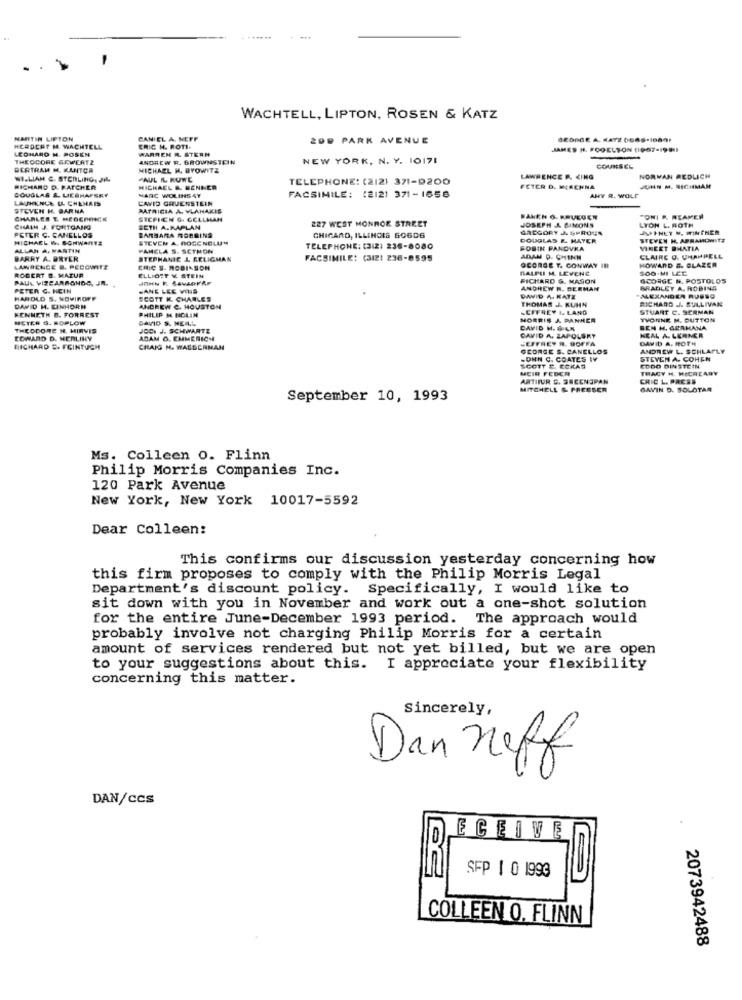
WACHTELL, LIPTON, ROSEN & KATZ
MARTIN LIPTON
CANIEL A. NEFF
200 PARK AVENUE
BEDAGE A. KATZ 0685-1680.
HERDERE M. WACHTELL
LEOHARD M. POSEN
ERIC N. ROTI.
WARREN R. STERN
JAMES H. FOOELSON (1967-1991
THEODORE GEWERTZ
ANDREW EL. BROWNSTEIN
NEW YORK, N. Y. 10171
BERTRAM M. KANTOR
MICHAEL H. BYOWITZ
COUNSEL
WILLIAM &. STERLING, JIM
PAUL KL. RUWE
TELEPHONE: (212) 371-9200
LAWRENCE P. KING
NORMAN REDLICH
DOUGLAS &. LIESHAFSKY
RICHARD D. PATCHER
MICHAEL &. BENNER
FETER D. MERENNA
JUHN M. RICHMAN
LAUHENCE IL CHENKIS
CAVID GRUENSTEIN
MARC WOLINSY
FACSIMILE: (2121 371-1658
ANY R. WOLF
STEVEN H. BARNA
PATRICIA A. VLANAKIS
CHARLES E. MEGERORGE
STEPIEN G. GELLMAN
227 WEST MONROE STREET
BANEN O. KRUEGET
JOSEPH J. SINONS
LYON L. ROTH
TONI P. REAMER
CHAIN J. FORTGANG
BETH A.RAPLAN
BARBARA ROBBINS
GREGORY & SPROUS
JSINET M. WININER
PETER C. CANELLOS
MICHAEL W. SONWANTS
STEVEN A. FIOGENELUM
CHICARD, ILLINOIS 60606
DOUGLAS & MAYER
STEVEN H. ABRAMOWITZ
ALLAN A. MARTIN
PAMELA S. SETMON
TELEPHONE: (3:21 236-8080
FORIN PANDVKA
VINEET BHATIA
BARRY A. BRTER
STEPHANIE L. RELIGMAN
FACSIMILE: (3121 236-8595
ADAM D. CHINN
CLAIRE O. CHAPPELL
ROBERT B. MATUR
LAWRENCE B. PEROWITE
ERIC S. ROBINSON
OCORSE T. CONWAY IN
GALPII M. LEVENE
HOWARD &. GLAZER
SOO.MI LCE
PAUL VIZCARMONDO, JR.
ELLIOTT Y STEIN
RICHARD &. MASON
GEORGE N. POSTOLOS
PETER G. HEIN
JANE LEE VINS
ANDHEW N. BERMAN
BRADLEY A. ROBINS
HAROLD S. NOVIROFF
SCOTT K. CHARLES
DAVID A- KATE
THOMAS J. KUHN
ALEXANDER RUSSO
RICHARD J. SULLIVAN
DAVID H. EINHORN
KENNETH B. FORREST
PHILIP N NOLIN
ANDREW C. HOUSTON
SCIFREY &. LANG
STUART C. SERMAN
METER G. ROPLOW
DAVID S. NELL ...
MORRIS & PANNER
YVONNE M. BUTTON
THEODORE N. HIRVIS
JOCI J. SCHWARTZ
DAVID M. BILE
BEN H. GERMANA
EDWARD D. WERLINY
ADAM O. EMMERICH
CAVID A, LAPOLSKY
JEFFREY R. BOFFA
KEAL A. LERNER
DAVID A. ROTH
RICHARD E. FGINTUCH
CRAIG N. WASSERMAN
GEORGE S. CANELLOS
ANDREW L. SCHLAFLY
JOHN C. COATES WY
STEVEN A. COHEN
SCOTT E. COKAS
HEIR FEDER
CODO DINSTEIN
TRACY H. MECAZARY
ARTHUR S. SECENOPAN
CRIC L. PRESS
MITCHELL & PRESSER
GAVIN D. SOLOTAR
September 10, 1993
Ms. Colleen 0. Flinn
Philip Morris Companies Inc.
120 Park Avenue
New York, New York 10017-5592
Dear Colleen:
This confirms our discussion yesterday concerning how
this firm proposes to comply with the Philip Morris Legal
Department's discount policy. Specifically, I would like to
sit down with you in November and work out a one-shot solution
for the entire June-December 1993 period. The approach would
probably involve not charging Philip Morris for a certain
amount of services rendered but not yet billed, but we are open
to your suggestions about this. I appreciate your flexibility
concerning this matter.
Sincerely,
Dan neff
DAN/ccs
ECEIVE
SFP 1 0 1990
COLLEEN O. FLINN
2073942488